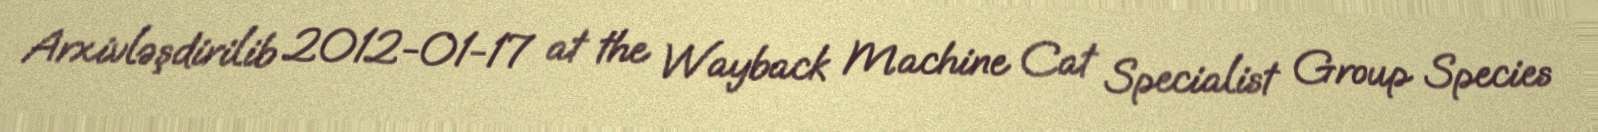
Arxivləşdirilib 2012-01-17 at the Wayback Machine Cat Specialist Group Species